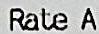
RATE A